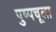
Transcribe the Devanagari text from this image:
पुष्पचूला